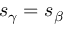
s _ { \gamma } = s _ { \beta }